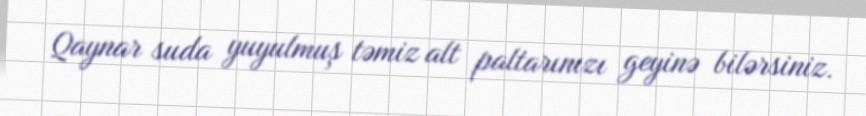
Qaynar suda yuyulmuş təmiz alt paltarınızı geyinə bilərsiniz.